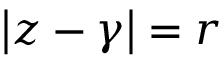
{ \left| z - \gamma \right| } = r